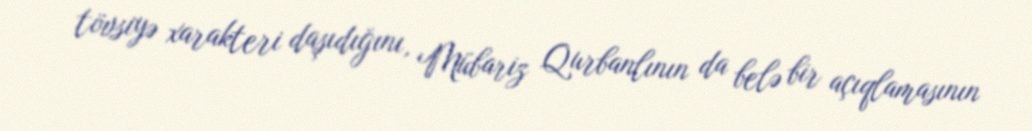
tövsiyə xarakteri daşıdığını, Mübariz Qurbanlının da belə bir açıqlamasının